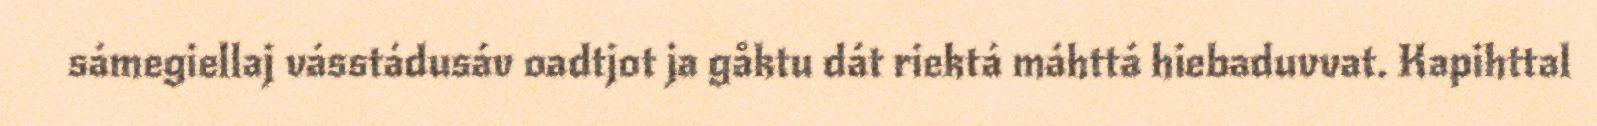
sámegiellaj vásstádusáv oadtjot ja gåktu dát riektá máhttá hiebaduvvat. Kapihttal